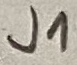
Text: J1